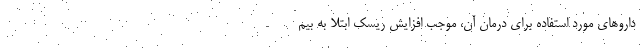
داروهای مورد استفاده برای درمان آن، موجب افزایش ریسک ابتلا به بیم